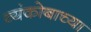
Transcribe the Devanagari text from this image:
व्यंकोबाच्या